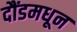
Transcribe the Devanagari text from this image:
दौंडमधून